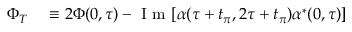
\begin{array} { r l } { \Phi _ { T } } & { { } \equiv 2 \Phi ( 0 , \tau ) - \mathrm { ~ I ~ m ~ } [ \alpha ( \tau + t _ { \pi } , 2 \tau + t _ { \pi } ) \alpha ^ { \ast } ( 0 , \tau ) ] } \end{array}